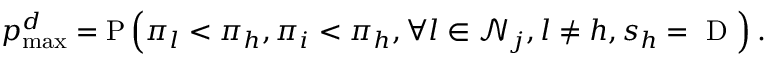
p _ { \operatorname* { m a x } } ^ { d } = \mathrm { P } \left( \pi _ { l } < \pi _ { h } , \pi _ { i } < \pi _ { h } , \forall l \in \mathcal { N } _ { j } , l \neq h , s _ { h } = \mathrm { ~ D ~ } \right) .